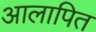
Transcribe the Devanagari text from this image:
आलापित